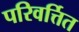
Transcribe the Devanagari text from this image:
परिवर्त्तित